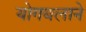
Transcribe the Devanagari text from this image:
योगबलाने